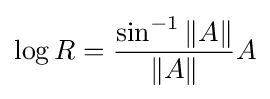
\log R={\frac {\sin ^{-1}\|A\|}{\|A\|}}A